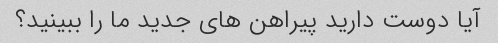
آیا دوست دارید پیراهن های جدید ما را ببینید؟